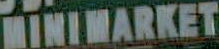
MINIMARKET